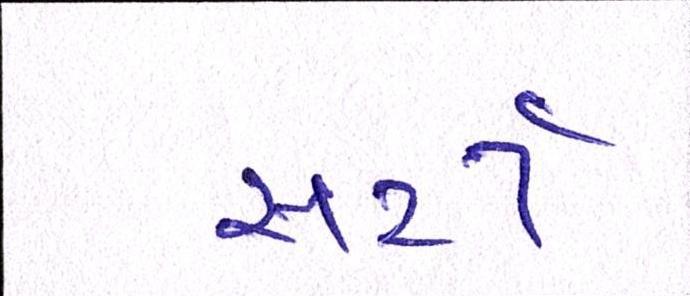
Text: સર્ટી